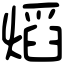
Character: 熖